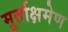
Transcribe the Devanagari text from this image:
मूर्ताक्षमेण